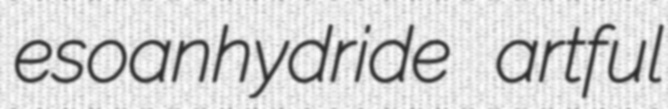
esoanhydride artful